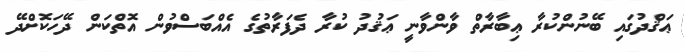
ޢަޤްދުގައި ބޭނުންކުރާ ޢިބާރާތް ވާންވާނީ ޢަޤުދު ކުރާ ދެފަރާތުގެ އެއްބަސްވުން އޮތްކަން ދޭހަކޮށްދޭ